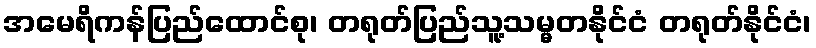
အမေရိကန်ပြည်ထောင်စု၊ တရုတ်ပြည်သူ့သမ္မတနိုင်ငံ တရုတ်နိုင်ငံ၊